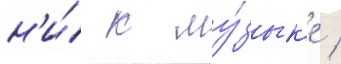
н'и́ к му́зык'е /